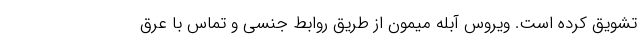
تشویق کرده است. ویروس آبله میمون از طریق روابط جنسی و تماس با عرق